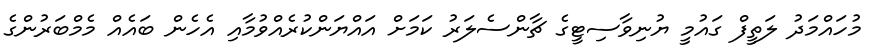
މުހައްމަދު ލަތީފް ގައުމީ ޔުނިވާސިޓީގެ ޗާންސެލަރު ކަމަށް އައްޔަންކުރެއްވުމާއި އެހެން ބައެއް މެމްބަރުންގެ